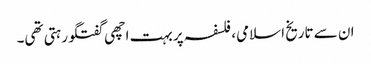
ان سے تاریخ اسلامی، فلسفہ پر بہت اچھی گفتگو رہتی تھی۔